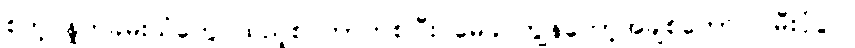
စတဲ့ နှုတ်ခမ်းသံတွေ ထည့်စပ်တာကစပြီး မေခင်ကျွန်တော့်အချစ်တော် ၊ မီးပုံပွဲ ၊